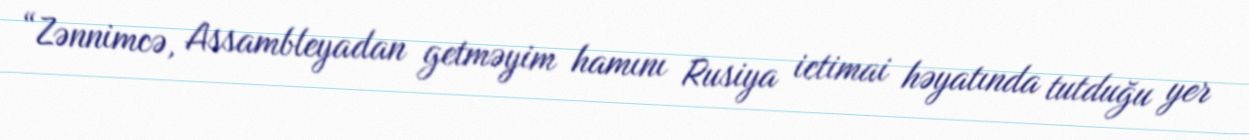
“Zənnimcə, Assambleyadan getməyim hamını Rusiya ictimai həyatında tutduğu yer